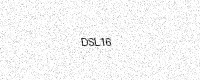
Text: DSL16